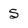
Character: 5